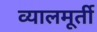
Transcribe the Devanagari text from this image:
व्यालमूर्ती